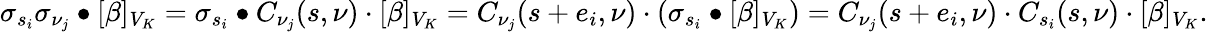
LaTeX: \sigma_{s_{i}}\sigma_{\nu_{j}}\bullet[\beta]_{V_{K}}=\sigma_{s_{i}}\bullet C_{\nu_{j}}(s,\nu)\cdot[\beta]_{V_{K}}=C_{\nu_{j}}(s+e_{i},\nu)\cdot(\sigma_{s_{i}}\bullet[\beta]_{V_{K}})=C_{\nu_{j}}(s+e_{i},\nu)\cdot C_{s_{i}}(s,\nu)\cdot[\beta]_{V_{K}}.